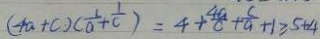
( 4 a + c ) ( \frac { 1 } { a } + \frac { 1 } { c } ) = 4 + \frac { 4 a } { c } + \frac { c } { a } + 1 \geq 5 + 4